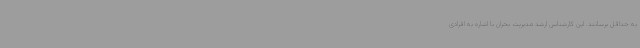
به حداقل برسانند. این کارشناس ارشد مدیریت بحران با اشاره به افرادی